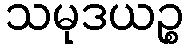
သမုဒယဉ္စ